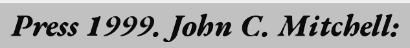
Press 1999. John C. Mitchell: